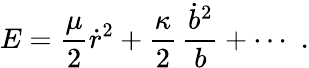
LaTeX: E={\frac{\mu}{2}}\dot{r}^{2}+{\frac{\kappa}{2}}\, {\frac{\dot{b}^{2}}{b}}+\cdots\, \, .